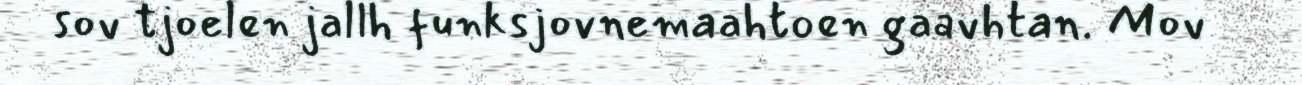
sov tjoelen jallh funksjovnemaahtoen gaavhtan. Mov